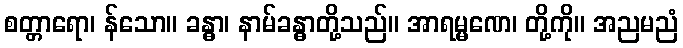
စတ္တာရော၊ န်သော။ ခန္ဓာ၊ နာမ်ခန္ဓာတို့သည်။ အာရမ္မဏေ၊ တို့ကို။ အညမညံ